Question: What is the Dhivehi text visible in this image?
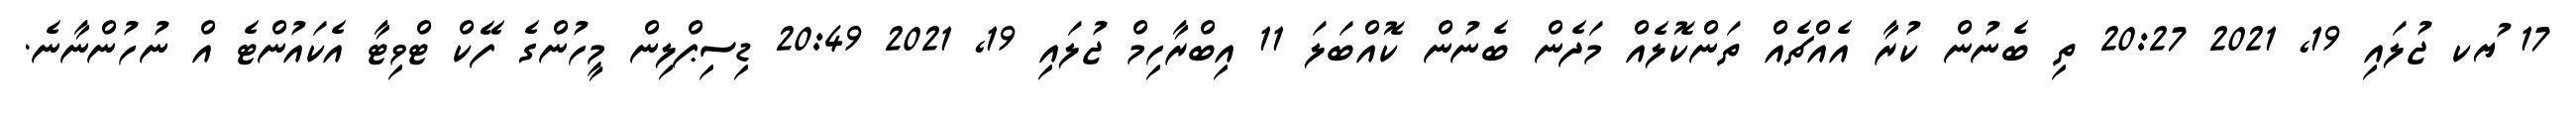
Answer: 17 ުޔކ ޖުލައި 19, 2021 20:27 ތި ބެނުން ކުރާ އެއްޗެއް ތަންކޮލެއް މަދެން ބެނުން ކޮއްބަލަ 11 އިބްރާހިމް ޖުލައި 19, 2021 20:49 ޑިސިޕްލިން މީހުންގެ ފޭކް ޓްވިޓާ އެކައުންޓެ އް ނުހުންނާނެ.